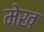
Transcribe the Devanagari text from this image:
मेख